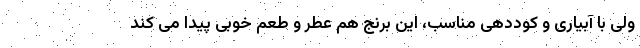
ولی با آبیاری و کوددهی مناسب، این برنج هم عطر و طعم خوبی پیدا می کند